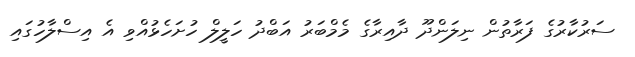
ސަރުކާރުގެ ފަރާތުން ނިލަންދޫ ދާއިރާގެ މެމްބަރު އަބްދު ހަލީލް ހުށަހެޅުއްވި އެ އިސްލާހުގައި